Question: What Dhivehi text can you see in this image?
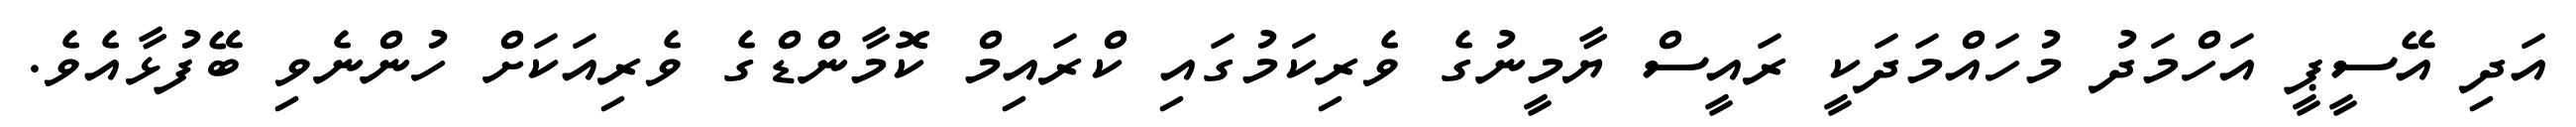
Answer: އަދި އޭސީޕީ އަހްމަދު މުހައްމަދަކީ ރައީސް ޔާމީނުގެ ވެރިކަމުގައި ކްރައިމް ކޮމާންޑްގެ ވެރިއަކަށް ހުންނެވި ބޭފުޅާއެވެ.